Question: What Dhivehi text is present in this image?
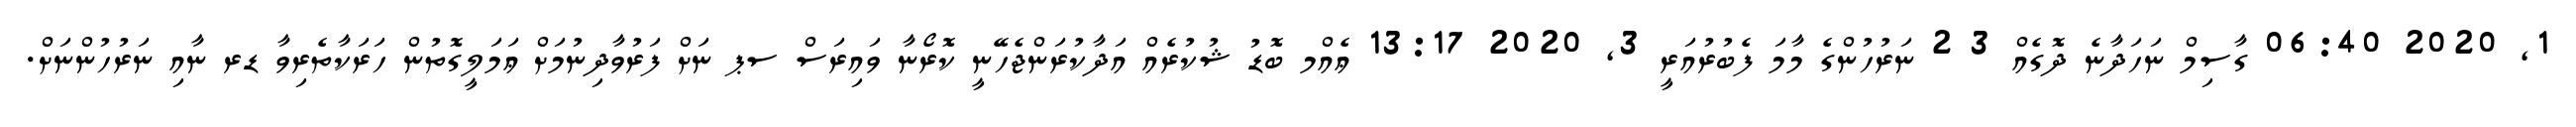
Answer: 1, 2020 06:40 ގާސިމް ނަހަދާނެ ދޮގެއް 3 2 ނަރުހުންގެ މާމަ ފެބުރުއަރީ 3, 2020 13:17 ޢެއްމ ބޮޑު ޝުކުރެއް އަދާކުރަންޖެހޭނީ ކޮރޯނާ ވައިރަސް ސޕ ނަށް ފަރުވާދިނުމަށް ޢަމަލީގޮތުން ހަރަކާތެރިވާ ޑރ ނާއި ނަރުހުންނަށް.